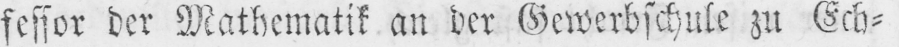
fessor der Mathematik an der Gewerbschule zu Ech⸗